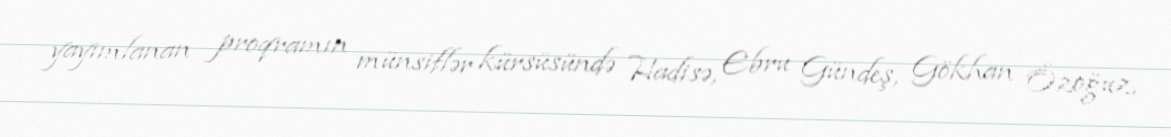
yayımlanan proqramın münsiflər kürsüsündə Hadisə, Ebru Gündeş, Gökhan Özoğuz,